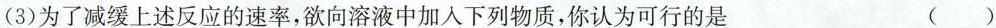
(3)为了减缓上述反应的速率，欲向溶液中加入下列物质，你认为可行的是()